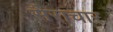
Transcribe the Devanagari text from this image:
सैराचार